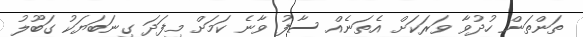
ތަންތަން ހުދުވާ ވަރަކަށް އެތަނެއް ސާފު ވާނެ ކަމަށް މިފަދަ ގިނަބަޔަކު ގަބޫލު